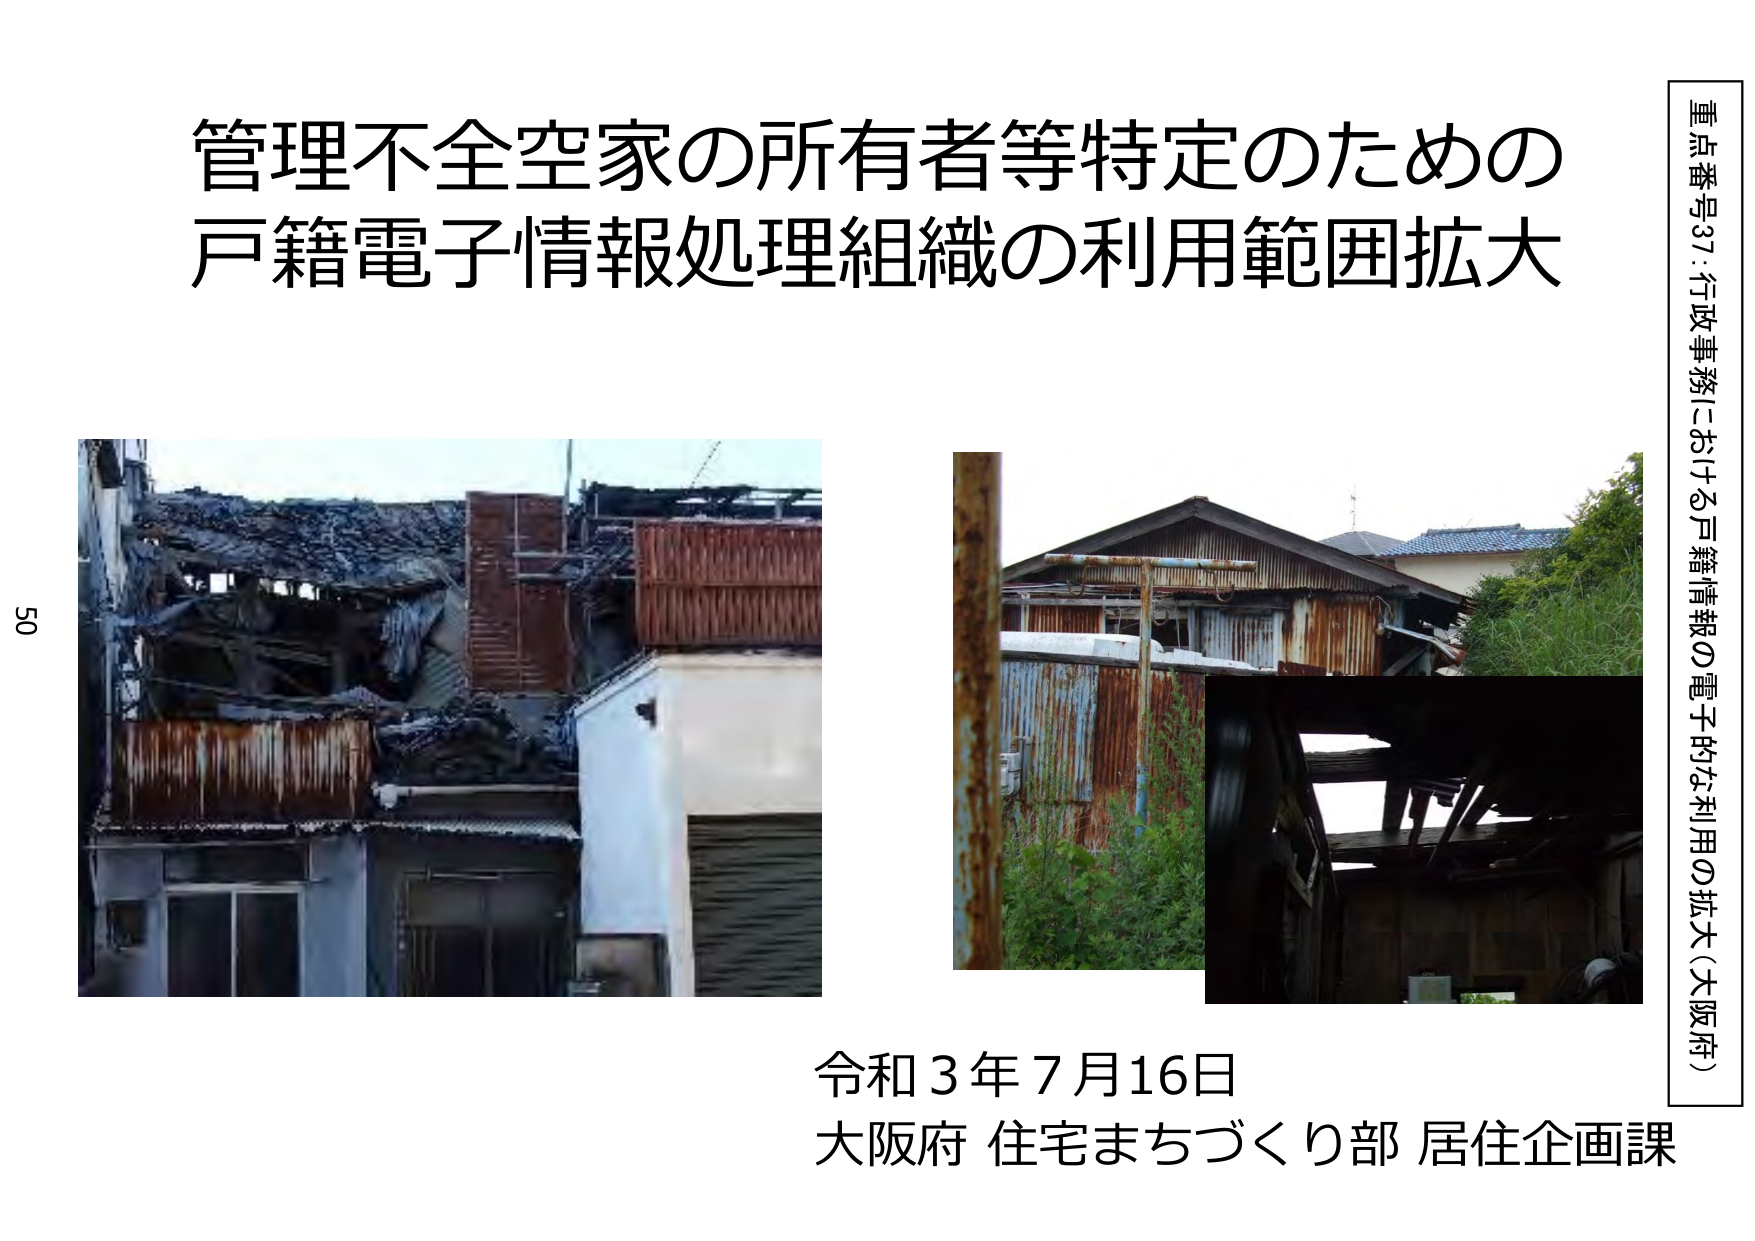
管理不全空家の所有者等特定のための
戸籍電子情報処理組織の利用範囲拡大

50

令和3年7月16日
大阪府 住宅まちづくり部 居住企画課

重点番号37：行政事務における戸籍情報の電子的な利用の拡大（大阪府）